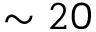
\sim 2 0